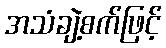
အသံချဲ့စက်ဖြင့်